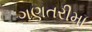
ગણતરીમા